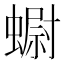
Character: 𧐇